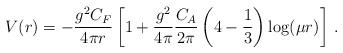
LaTeX: \begin{align*}V(r)=-\frac{g^2 C_F}{4\pi r}\left[ 1+\frac{g^2}{4\pi}\frac{C_A}{2\pi }\left( 4-\frac13\right) \log(\mu r) \right]\,.\end{align*}